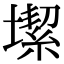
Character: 𡐤